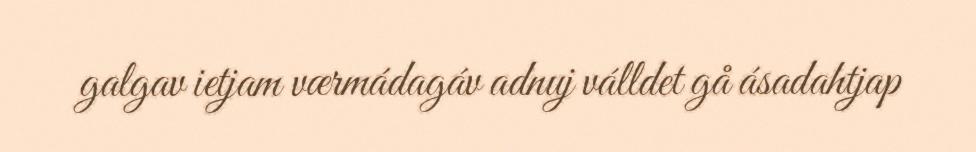
galgav ietjam værmádagáv adnuj válldet gå ásadahtjap